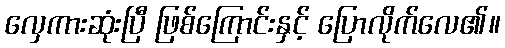
လှေကားဆုံးပြီ ဖြစ်ကြောင်းနှင့် ပြောလိုက်လေ၏။